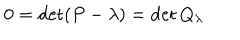
0 = \det ( P - \lambda ) = \det Q _ { \lambda }